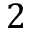
2